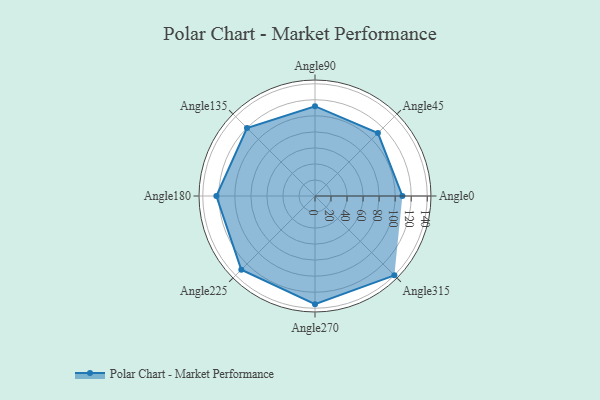
{"axis": {"x": "Angle", "y": "Radius"}, "legend": [""], "data": [{"x": "Angle0", "y": 109.0, "type": ""}, {"x": "Angle45", "y": 111.0, "type": ""}, {"x": "Angle90", "y": 112.0, "type": ""}, {"x": "Angle135", "y": 120.0, "type": ""}, {"x": "Angle180", "y": 123.0, "type": ""}, {"x": "Angle225", "y": 130.0, "type": ""}, {"x": "Angle270", "y": 135.0, "type": ""}, {"x": "Angle315", "y": 140.0, "type": ""}]}